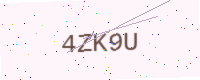
Text: 4ZK9U